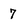
Character: 7